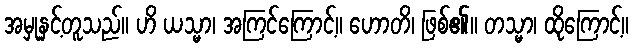
အမှုနှင့်တူသည်။ ဟိ ယသ္မာ၊ အကြင်ကြောင့်။ ဟောတိ၊ ဖြစ်၏။ တသ္မာ၊ ထိုကြောင့်။